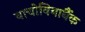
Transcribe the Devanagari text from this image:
वाचोवियाबैंक